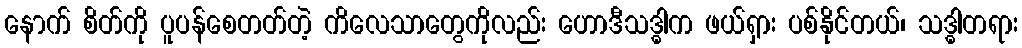
နောက် စိတ်ကို ပူပန်စေတတ်တဲ့ ကိလေသာတွေကိုလည်း ဟောဒီသဒ္ဓါက ဖယ်ရှား ပစ်နိုင်တယ်၊ သဒ္ဓါတရား